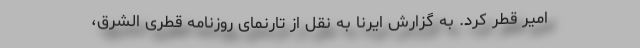
امیر قطر کرد. به گزارش ایرنا به نقل از تارنمای روزنامه قطری الشرق،‌